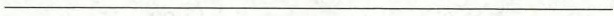
___